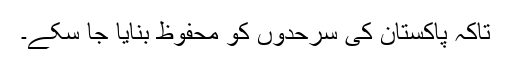
تاکہ پاکستان کی سرحدوں کو محفوظ بنایا جا سکے۔